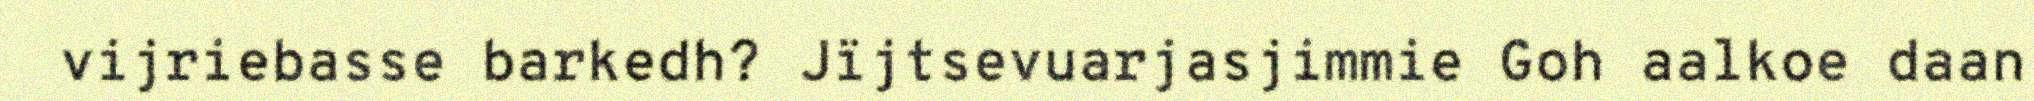
vijriebasse barkedh? Jïjtsevuarjasjimmie Goh aalkoe daan